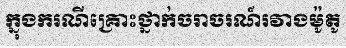
ក្នុងករណីគ្រោះថ្នាក់ចរាចរណ៍រវាងម៉ូតូ